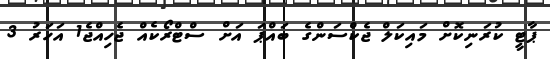
ޕާޓީ ކުރަނިކޮށް މައިކަލް ޖެކްސަންގެ ބައްޕަ އަށް ސްޓްރޯކެއް ޖެހިއްޖެ1 އަހަރު 3